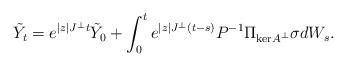
LaTeX: \begin{align*}\tilde{Y}_t = e^{|z|J^\perp t}\tilde{Y}_0 + \int_0^t e^{|z|J^\perp(t-s)}P^{-1} \Pi_{\mathrm{ker}A^\perp}\sigma dW_s.\end{align*}